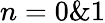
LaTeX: n=0\& 1